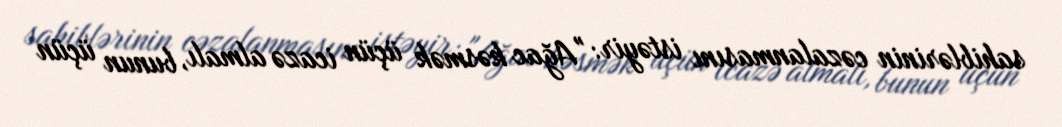
sahiblərinin cəzalanmasını istəyir: "Ağac kəsmək üçün icazə almalı, bunun üçün